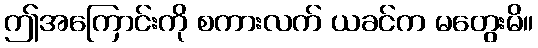
ဤအကြောင်းကို စကားလက် ယခင်က မတွေးမိ။